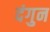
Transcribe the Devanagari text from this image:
दंगुन